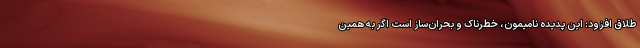
طلاق افزود: این پدیده نامیمون، خطرناک و بحران‌ساز است اگر به همین